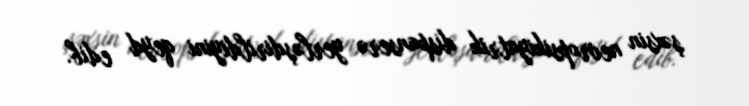
şəxsin nevropsikiyatrik dispanserə yerləşdirildiyini qeyd edib.